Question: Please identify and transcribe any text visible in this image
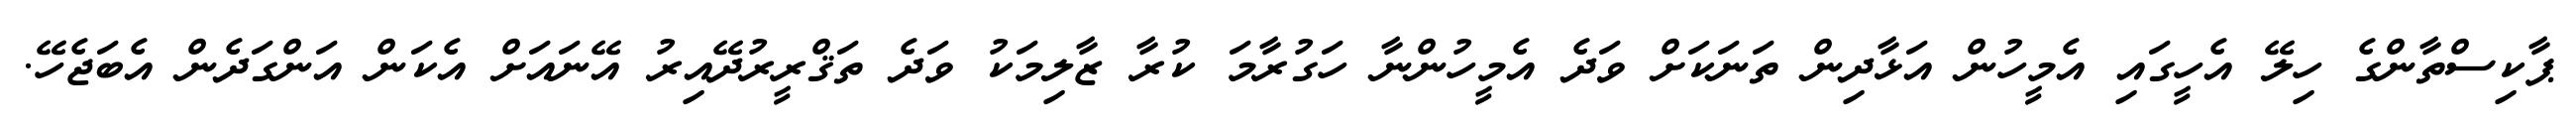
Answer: ޕާކިސްތާންގެ ހިލޭ އެހީގައި އެމީހުން އަޅާދިން ތަނަކަށް ވަދެ އެމީހުންނާ ހަގުރާމަ ކުރާ ޒާލިމަކު ވަދެ ތަޤްރީރުދޭއިރު އޭނައަށް އެކަން އަންގަދެން އެބަޖެހޭ.